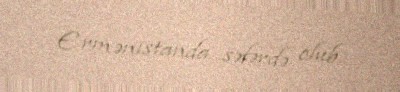
Ermənistanda səfərdə olub.